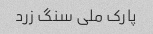
پارک ملی سنگ زرد